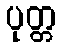
ပုတ္တ